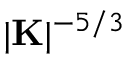
| \mathbf { K } | ^ { - 5 / 3 }